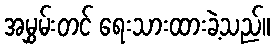
အမွှမ်းတင် ရေးသားထားခဲ့သည်။